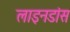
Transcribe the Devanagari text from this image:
लाइनडांस